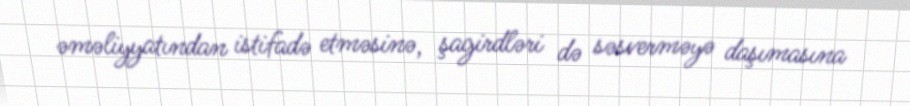
əməliyyatından istifadə etməsinə, şagirdləri də səsverməyə daşımasına